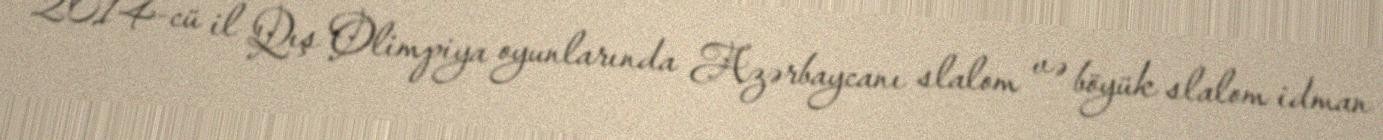
2014-cü il Qış Olimpiya oyunlarında Azərbaycanı slalom və böyük slalom idman